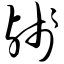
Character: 残